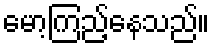
မော့ကြည့်နေသည်။